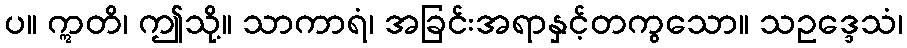
ပ။ ဣတိ၊ ဤသို့။ သာကာရံ၊ အခြင်းအရာနှင့်တကွသော။ သဥဒ္ဒေသံ၊